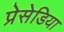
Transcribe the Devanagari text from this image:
प्रेसेडिया